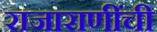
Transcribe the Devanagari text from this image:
राजाराणींची